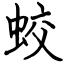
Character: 蛟